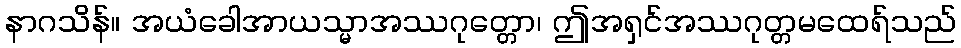
နာဂသိန်။ အယံခေါအာယသ္မာအဿဂုတ္တော၊ ဤအရှင်အဿဂုတ္တမထေရ်သည်